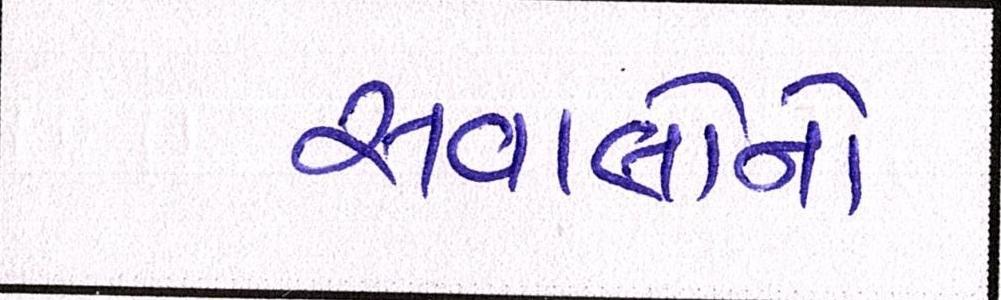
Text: સવાલોનો